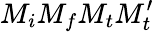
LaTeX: M_{i}M_{f}M_{t}M_{t}^{\prime}